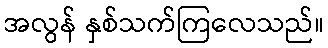
အလွန် နှစ်သက်ကြလေသည်။